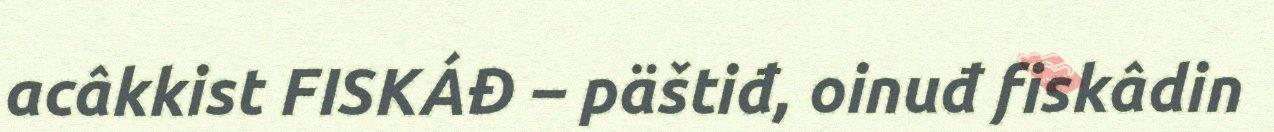
acâkkist FISKÁĐ – päštiđ, oinuđ fiskâdin